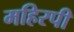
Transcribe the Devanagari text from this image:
महिरपी